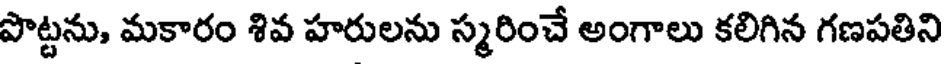
పొట్టను, మకారం శివ హరులను స్మరించే అంగాలు కలిగిన గణపతిని